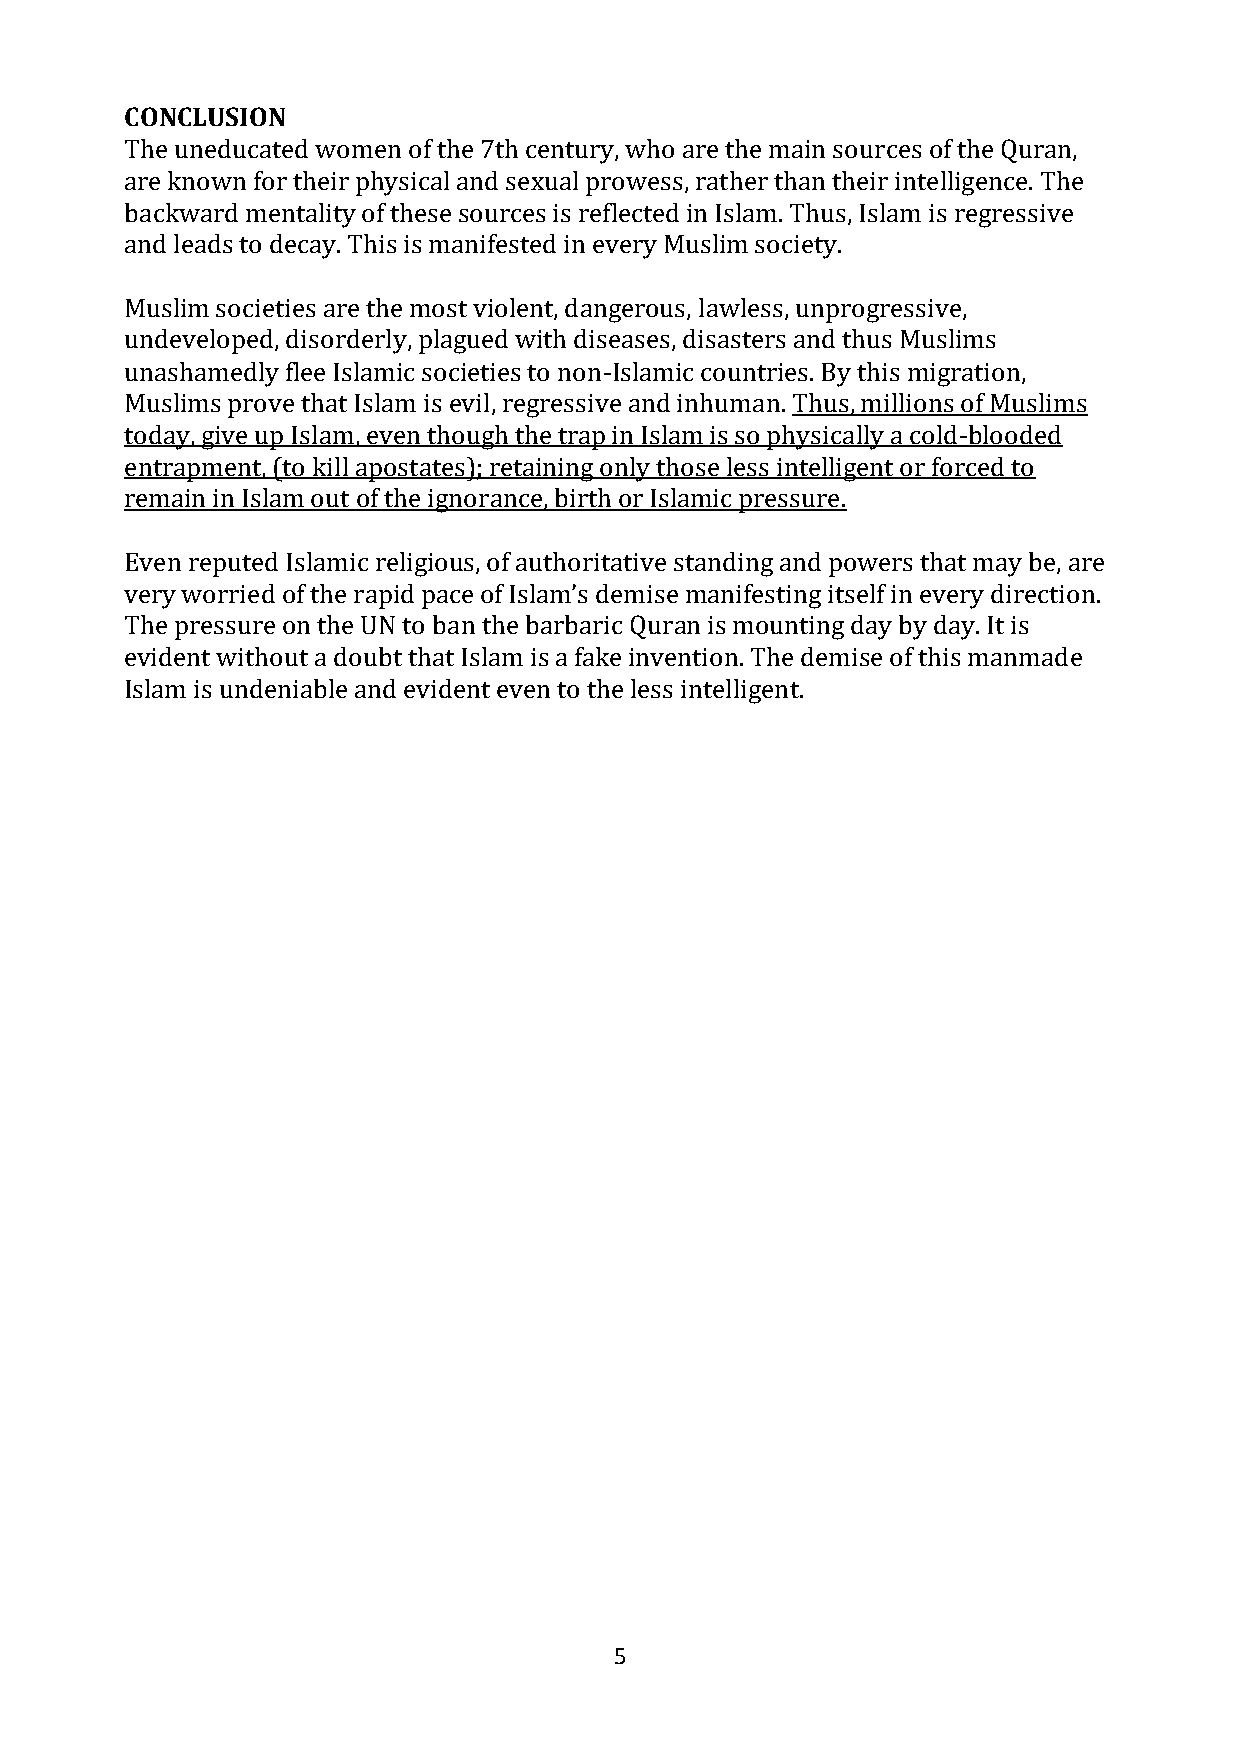
CONCLUSION
 The uneducated women of the 7th century, who are the main sources of the Quran,
 are known for their physical and sexual prowess, rather than their intelligence. The
 backward mentality of these sources is reflected in Islam. Thus, Islam is regressive
 and leads to decay. This is manifested in every Muslim society.
 Muslim societies are the most violent, dangerous, lawless, unprogressive,
 undeveloped, disorderly, plagued with diseases, disasters and thus Muslims
 unashamedly flee Islamic societies to non-Islamic countries. By this migration,
 Muslims prove that Islam is evil, regressive and inhuman. Thus, millions of Muslims
 today, give up Islam, even though the trap in Islam is so physically a cold-blooded
 entrapment, (to kill apostates); retaining only those less intelligent or forced to
 remain in Islam out of the ignorance, birth or Islamic pressure.
 Even reputed Islamic religious, of authoritative standing and powers that may be, are
 very worried of the rapid pace of Islam’s demise manifesting itself in every direction.
 The pressure on the UN to ban the barbaric Quran is mounting day by day. It is
 evident without a doubt that Islam is a fake invention. The demise of this manmade
 Islam is undeniable and evident even to the less intelligent.
 5